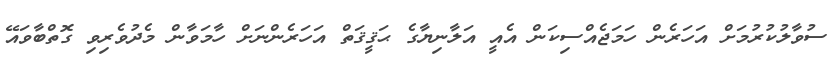
ސުވާލުކުރުމަށް އަހަރެން ހަމަޖެއްސިކަން އެއީ އަލާނިޔާގެ ޙަޤީޤަތް އަހަރެންނަށް ހާމަވާން މެދުވެރިވި ގޮތްބާވައޭ